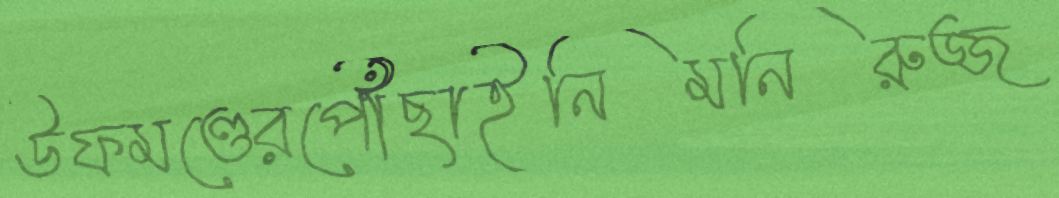
উফমণ্ডেরপৌঁছাইনিমনিরুজ্জ